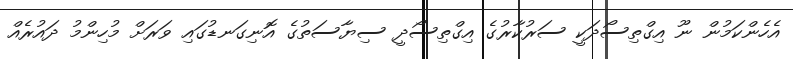
އެހެންކަމުން ނޫ އިގްތިސޯދަކީ ސަރުކާރުގެ އިގްތިސޯދީ ސިޔާސަތުގެ އޮނިގަނޑުގައި ވަރަށް މުހިންމު ދައުރެއް